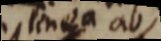
linea ab